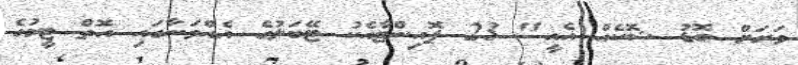
ވަރަށް ބޮޑު ޝޮކެއް އެއީ" 23 ޕޮއިންޓާއެކު ޓޭބަލުގެ އެއްވަނާގައި އޮތް ޓީމުގެ